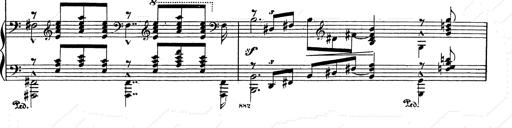
Title: Festvorspiel
Composer: Franz Liszt